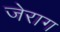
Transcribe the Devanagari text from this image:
जेराग